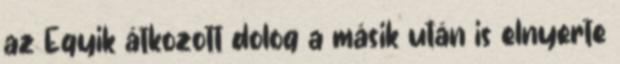
az Egyik átkozott dolog a másik után is elnyerte